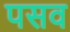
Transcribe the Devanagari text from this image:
पसव